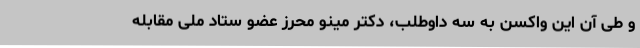
و طی آن این واکسن به سه داوطلب، دکتر مینو محرز عضو ستاد ملی مقابله